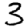
Digit: 3